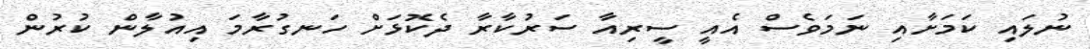
ނުލައި ކަމަށާއި ނަމަވެސް އެއީ ސީރިއާ ސަރުކާރާ ދެކޮޅަށް ހަނގުރާމަ އިއުލާން ކުރުން